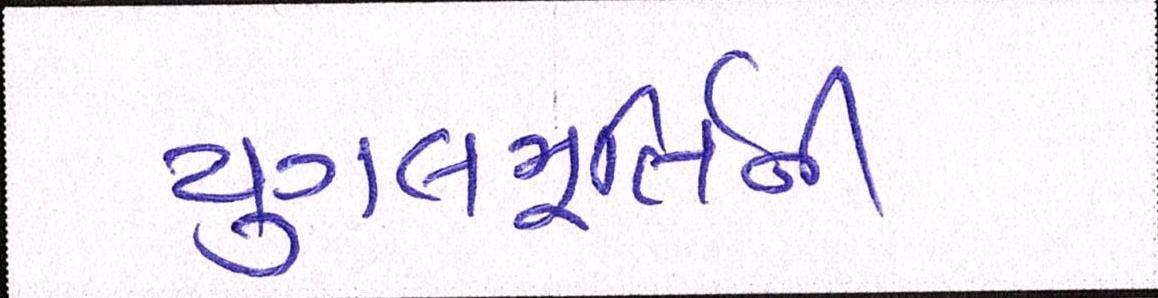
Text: યુગલમૂર્તિની